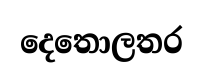
දෙතොලතර